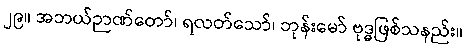
၂၉။ အဘယ်ဉာဏ်တော်၊ ရလတ်သော်၊ ဘုန်းမော် ဗုဒ္ဓဖြစ်သနည်း။